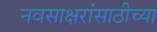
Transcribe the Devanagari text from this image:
नवसाक्षरांसाठीच्या